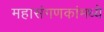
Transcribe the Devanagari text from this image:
महासंगणकांमध्ये